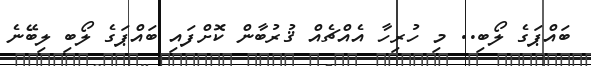
ބައްޕަގެ ލޯބި.. މި ހުރިހާ އެއްޗެއް ޤުރުބާން ކޮށްފައި ބައްޕަގެ ލޯބި ލިބޭނެ